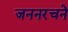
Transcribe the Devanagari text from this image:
जननरचने